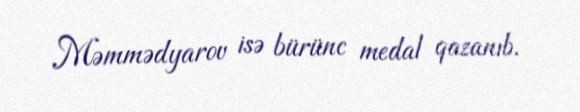
Məmmədyarov isə bürünc medal qazanıb.